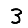
Digit: 3